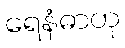
ရေနံဓာတု